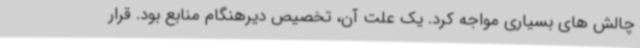
چالش های بسیاری مواجه کرد. یک علت آن، تخصیص دیرهنگام منابع بود. قرار